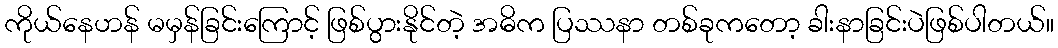
ကိုယ်နေဟန် မမှန်ခြင်းကြောင့် ဖြစ်ပွားနိုင်တဲ့ အဓိက ပြဿနာ တစ်ခုကတော့ ခါးနာခြင်းပဲဖြစ်ပါတယ်။